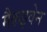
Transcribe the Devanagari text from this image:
मैकइवेन